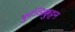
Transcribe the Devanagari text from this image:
कुञ्ञिक्कुट्टन